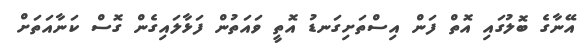
އޭނާގެ ބޮލުގައި އޮތް ފަން އިސްތަށިގަނޑު އޮތީ ވައަތުން ފަޅާލައިގެން ގޮސް ކަނާއަތަށް